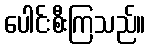
ပေါင်းစီးကြသည်။